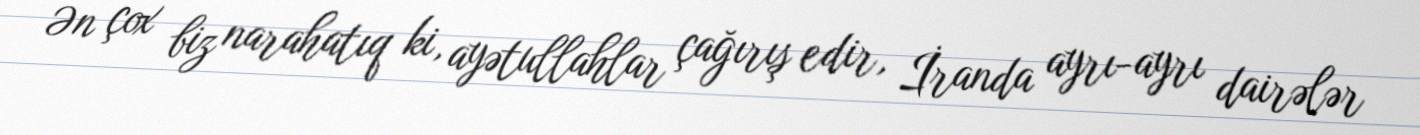
Ən çox biz narahatıq ki, ayətullahlar çağırış edir, İranda ayrı-ayrı dairələr